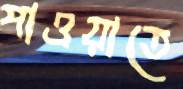
পাওয়াতে